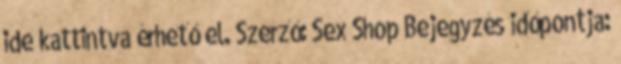
ide kattintva érhető el. Szerző: Sex Shop Bejegyzés időpontja: